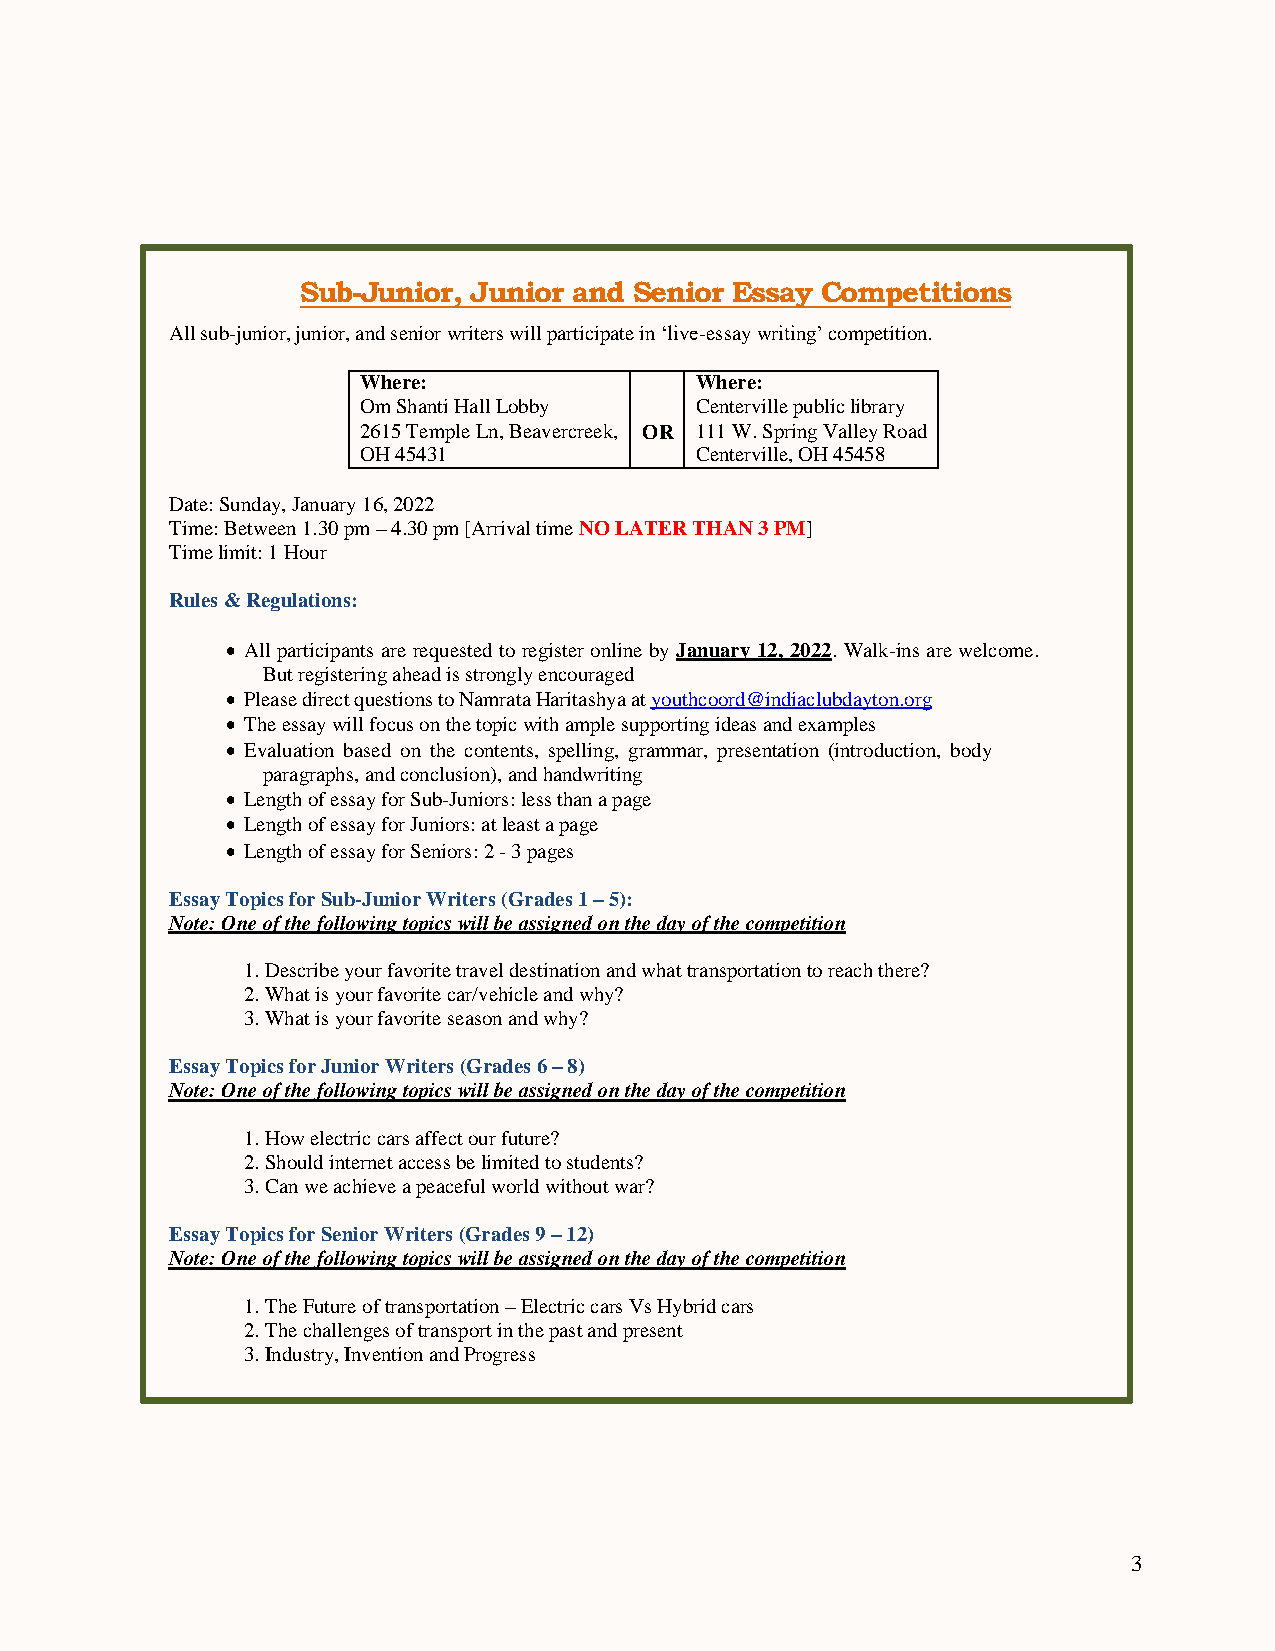
Sub-Junior, Junior and Senior Essay Competitions
 All sub-junior, junior, and senior writers will participate in ‘live-essay writing’ competition.
 Where:                Where:
 Om Shanti Hall Lobby  Centerville public library
 2615 Temple Ln, Beavercreek, OR 111 W. Spring Valley Road
 OH 45431              Centerville, OH 45458
 Date: Sunday, January 16, 2022
 Time: Between 1.30 pm – 4.30 pm [Arrival time NO LATER THAN 3 PM]
 Time limit: 1 Hour
 Rules & Regulations:
 • All participants are requested to register online by January 12, 2022. Walk-ins are welcome.
 But registering ahead is strongly encouraged
 • Please direct questions to Namrata Haritashya at youthcoord@indiaclubdayton.org
 • The essay will focus on the topic with ample supporting ideas and examples
 • Evaluation based on the contents, spelling, grammar, presentation (introduction, body
 paragraphs, and conclusion), and handwriting
 • Length of essay for Sub-Juniors: less than a page
 • Length of essay for Juniors: at least a page
 • Length of essay for Seniors: 2 - 3 pages
 Essay Topics for Sub-Junior Writers (Grades 1 – 5):
 Note: One of the following topics will be assigned on the day of the competition
 1. Describe your favorite travel destination and what transportation to reach there?
 2. What is your favorite car/vehicle and why?
 3. What is your favorite season and why?
 Essay Topics for Junior Writers (Grades 6 – 8)
 Note: One of the following topics will be assigned on the day of the competition
 1. How electric cars affect our future?
 2. Should internet access be limited to students?
 3. Can we achieve a peaceful world without war?
 Essay Topics for Senior Writers (Grades 9 – 12)
 Note: One of the following topics will be assigned on the day of the competition
 1. The Future of transportation – Electric cars Vs Hybrid cars
 2. The challenges of transport in the past and present
 3. Industry, Invention and Progress
 3